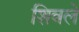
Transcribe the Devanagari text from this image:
शिवले